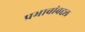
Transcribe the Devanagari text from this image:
प्रभावांबद्दल